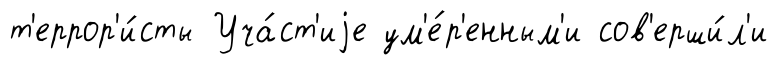
т'еррор'и́сты Уча́ст'иjе ум'е́р'енным'и сов'ерши́л'и